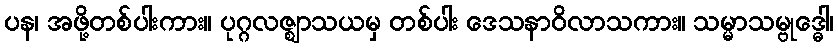
ပန၊ အဖို့တစ်ပါးကား။ ပုဂ္ဂလဇ္ဈာသယမှ တစ်ပါး ဒေသနာဝိလာသကား။ သမ္မာသမ္ဗုဒ္ဓေါ၊